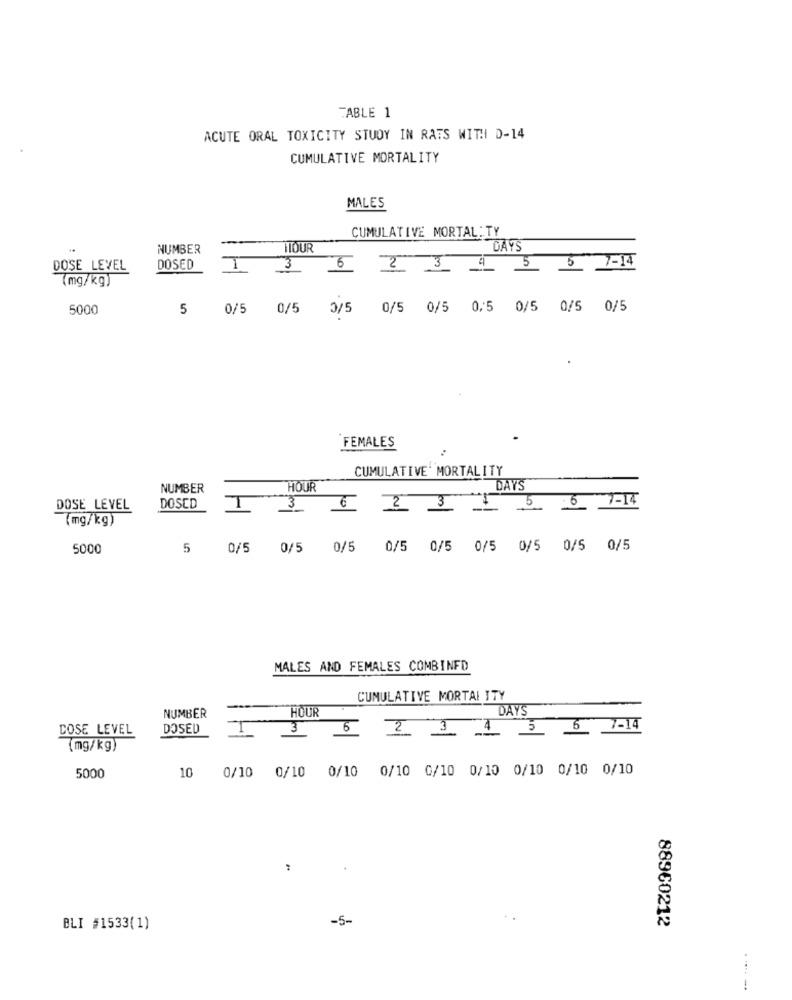
TABLE 1
ACUTE ORAL TOXICITY STUDY IN RATS WITH D-14
CUMULATIVE MORTALITY
MALES
CUMULATIVE MORTAL: TY
NUMBER
TOUR
DAYS
DOSE LEVEL
DOSED
3
6 2 3 4 5 5 7-14
(mg/kg)
5000
5 0/5 0/5 0/5 0/5 0/5 0/5 0/5 0/5 0/5
FEMALES
CUMULATIVE' MORTALITY
NUMBER
HOUR
DAYS
5
7-14
DOSE LEVEL
DOSCD
T
3
6 2 3
--
(mg/kg)
5000
5
0/5
0/5
0/5 0/5 0/5 0/5 0/5 0/5 0/5
MALES AND FEMALES COMBINFD
CUMULATIVE MORTAL ITY
HOUR
DAYS
NUMBER
COSE LEVEL
DOSED
3
4
5 6
7-14
6 2 3 2
(mg/kg)
10 0/10 0/10 0/10 0/10 0/10 0/10 0/10 0/10 0/10
5000
-5-
88960212
BLI #1533(1)
----